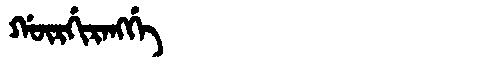
Manchu: ᡤᡡᡵᡤᡳᡵᠠᠩᡤᡝ
Romanization: GŪRGIRANGGE